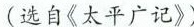
(选自《太平广记》)